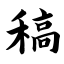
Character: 稿